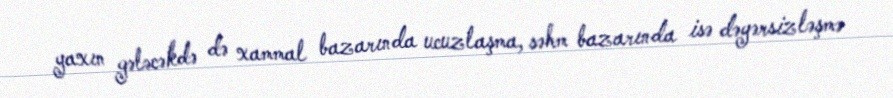
yaxın gələcəkdə də xammal bazarında ucuzlaşma, səhm bazarında isə dəyərsizləşmə